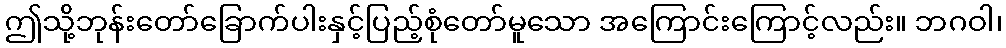
ဤသို့ဘုန်းတော်ခြောက်ပါးနှင့်ပြည့်စုံတော်မူသော အကြောင်းကြောင့်လည်း။ ဘဂဝါ၊